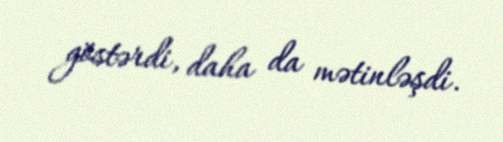
göstərdi, daha da mətinləşdi.